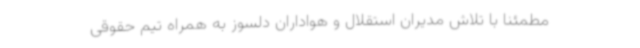
مطمئنا با تلاش مدیران استقلال و هواداران دلسوز به همراه تیم حقوقی